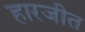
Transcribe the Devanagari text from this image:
हारजीत